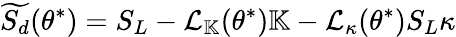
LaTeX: \widetilde{S_{d}}(\theta^{*})=S_{L}-\mathcal{L}_{\mathbb{K}}(\theta^{*})\mathbb{K}-\mathcal{L}_{\kappa}(\theta^{*})S_{L}\kappa